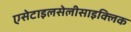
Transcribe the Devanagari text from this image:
एसेटाइलसेलीसाइक्लिक